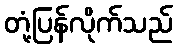
တုံ့ပြန်လိုက်သည်